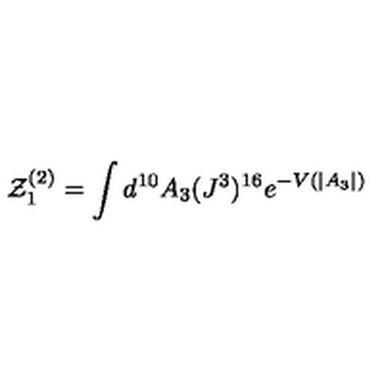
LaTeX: { \cal Z } _ { 1 } ^ { ( 2 ) } = \int d ^ { 1 0 } A _ { 3 } ( J ^ { 3 } ) ^ { 1 6 } e ^ { - V ( | A _ { 3 } | ) }